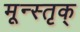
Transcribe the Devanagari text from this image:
मून्स्तृक्